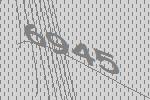
6945